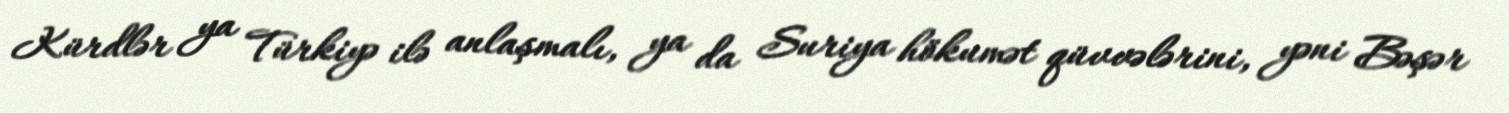
Kürdlər ya Türkiyə ilə anlaşmalı, ya da Suriya hökumət qüvvələrini, yəni Bəşər